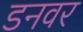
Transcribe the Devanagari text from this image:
डनवर